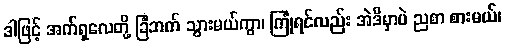
ဒါဖြင့် အက်ရှလေတို့ ခြံဘက် သွားမယ်ကွာ၊ ကြုံရင်လည်း အဲဒီမှာပဲ ညစာ စားမယ်၊